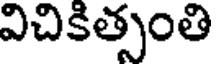
విచికిత్సంతి